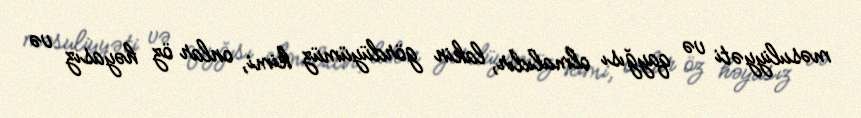
məsuliyyəti və qayğısı olmalıdır, lakin gördüyümüz kimi, onlar öz həyasız və